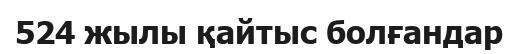
524 жылы қайтыс болғандар